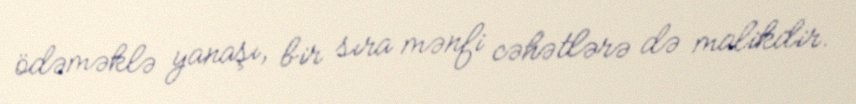
ödəməklə yanaşı, bir sıra mənfi cəhətlərə də malikdir.